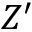
Z ^ { \prime }